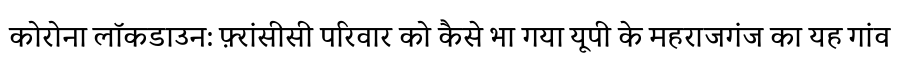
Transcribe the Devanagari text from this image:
कोरोना लॉकडाउन: फ़्रांसीसी परिवार को कैसे भा गया यूपी के महराजगंज का यह गांव